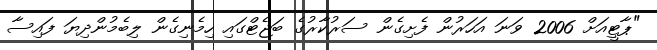
"ޕާޓީއަށް 2006 ވަނަ އަހަރުން ފެށިގެން ސަރުކާރުގެ ބަޖެޓްގައި ހިމެނިގެން ލިބެމުންދިޔަ ފައިސާ